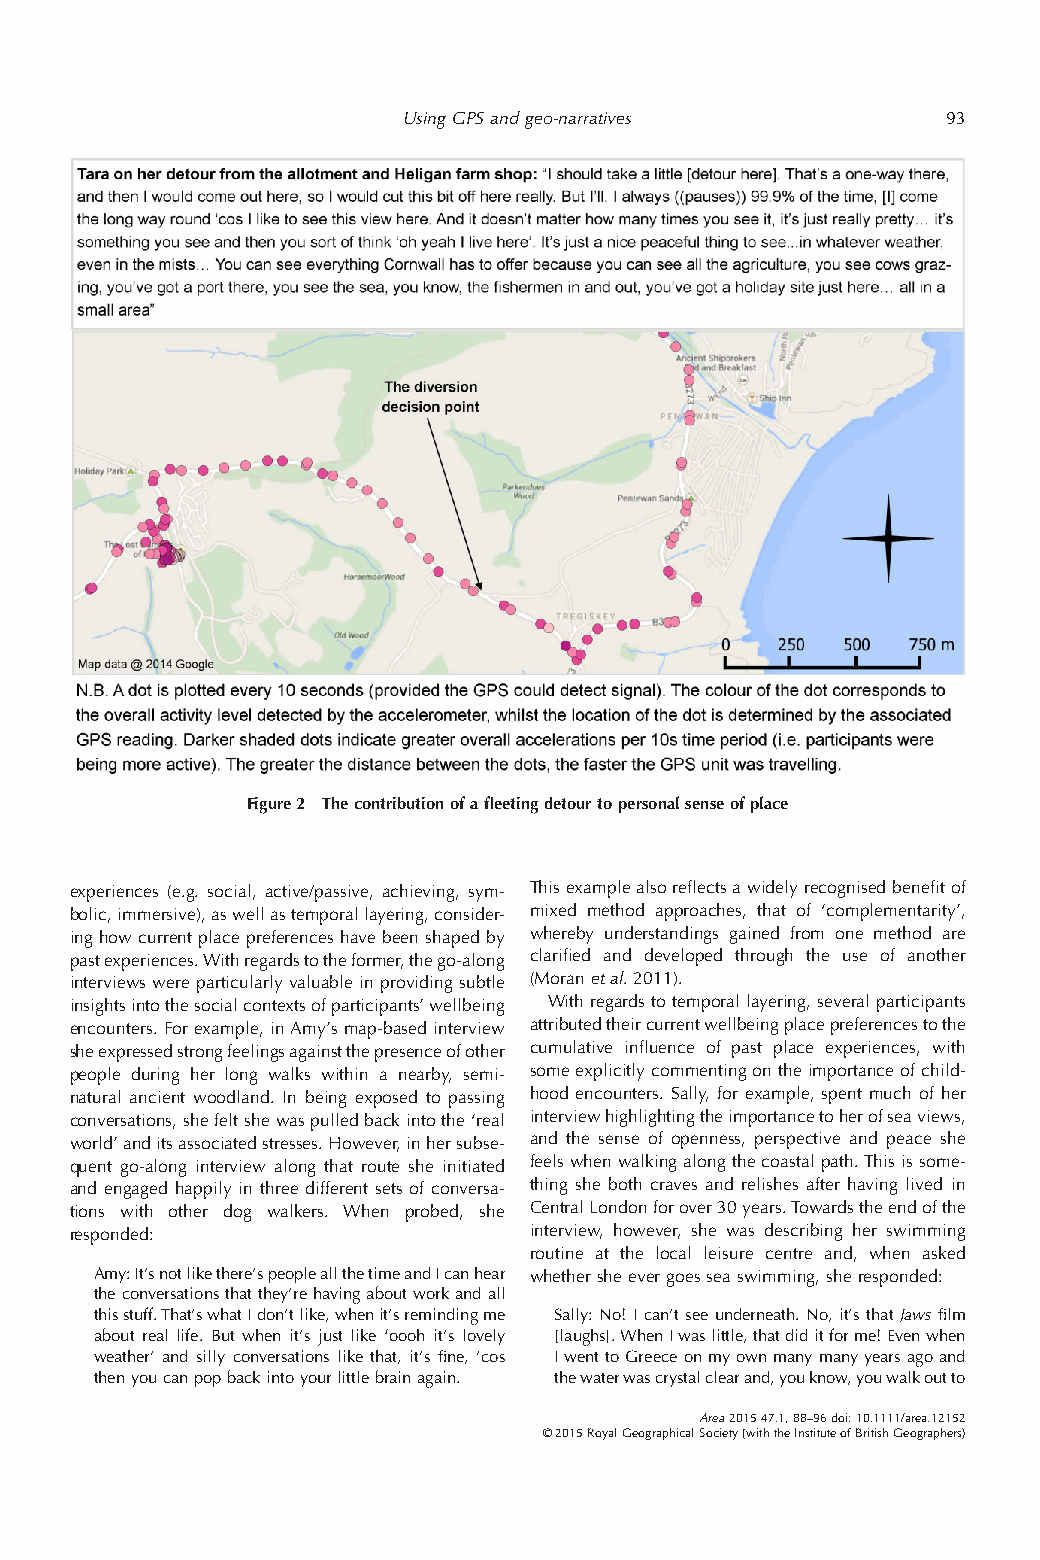
UsingGPSandgeo-narratives           93
 Figure2 Thecontributionofafleetingdetourtopersonalsenseofplace
 experiences (e.g. social, active/passive, achieving, sym- Thisexamplealsoreflectsawidelyrecognisedbenefitof
 bolic,immersive),aswellastemporallayering,consider- mixed method approaches, that of ‘complementarity’,
 ing how current place preferences have been shaped by whereby understandings gained from one method are
 pastexperiences.Withregardstotheformer,thego-along clarified and developed through the use of another
 interviewswereparticularlyvaluableinprovidingsubtle (Moranetal.2011).
 insightsintothesocialcontextsofparticipants’wellbeing Withregardstotemporallayering,severalparticipants
 encounters. For example, inAmy’s map-based interview attributedtheircurrentwellbeingplacepreferencestothe
 sheexpressedstrongfeelingsagainstthepresenceofother cumulative influence of past place experiences, with
 people during her long walks within a nearby, semi- someexplicitlycommentingontheimportanceofchild-
 natural ancient woodland. In being exposed to passing hood encounters. Sally, for example, spent much of her
 conversations,shefeltshewaspulledbackintothe‘real interviewhighlightingtheimportancetoherofseaviews,
 world’anditsassociatedstresses.However,inhersubse- and the sense of openness, perspective and peace she
 quent go-along interview along that route she initiated feelswhenwalkingalongthecoastalpath.Thisissome-
 and engaged happily in three different sets of conversa- thing she both craves and relishes after having lived in
 tions with other dog walkers. When probed, she CentralLondonforover30years.Towardstheendofthe
 responded:                    interview, however, she was describing her swimming
 routine at the local leisure centre and, when asked
 Amy:It’snotlikethere’speopleallthetimeandIcanhear whethersheevergoesseaswimming,sheresponded:
 theconversationsthatthey’rehavingaboutworkandall
 thisstuff.That’swhatIdon’tlike,whenit’sremindingme Sally:No!Ican’tseeunderneath.No,it’sthatJawsfilm
 about real life. But when it’s just like ‘oooh it’s lovely [laughs].WhenIwaslittle,thatdiditforme!Evenwhen
 weather’ and silly conversations like that, it’s fine, ’cos IwenttoGreeceonmyownmanymanyyearsagoand
 thenyoucanpopbackintoyourlittlebrainagain. thewaterwascrystalclearand,youknow,youwalkoutto
 Area201547.1,88–96doi:10.1111/area.12152
 ©2015RoyalGeographicalSociety(withtheInstituteofBritishGeographers)